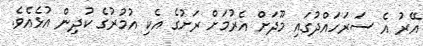
އޭރު އެ ސަރަހައްދުގައި މޫދަށް އެރުމަށް ރަށުގެ އެކި އުމުރުގެ ކުދިން އުޅެއެވެ.